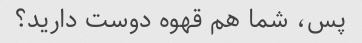
پس، شما هم قهوه دوست دارید؟